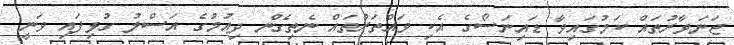
ޖަނަވާރުތައް ކަމުގައިވާ ޑައިނަސޯގެ އެކި ވައްތަރުތައް ނެތިގެން ދިއުމުގެ އަސްލު ގުޅިފައި ވަނީ